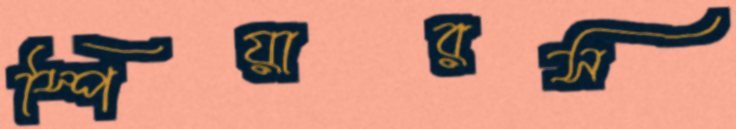
স্পিয়ারস